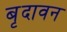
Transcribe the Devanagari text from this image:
बृदावन